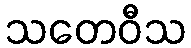
သတေဝီသ